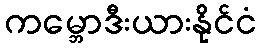
ကမ္ဘောဒီးယားနိုင်ငံ